Elephants and their diseases
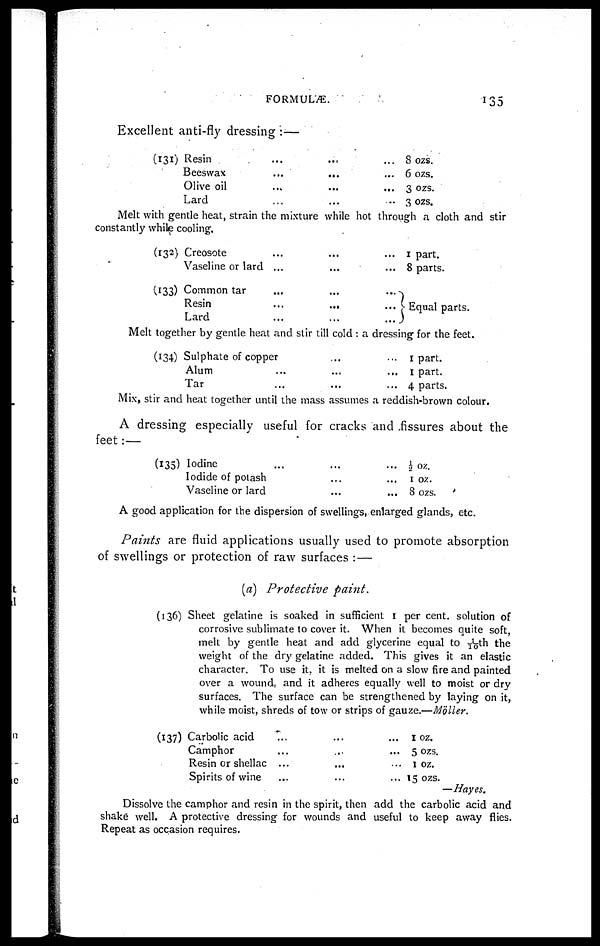
FORMULÆ.
135
Excellent anti-fly dressing :—
(131) Resin.........
Beeswax.........
Olive oil.........
Lard.........
8 ozs.
6 ozs.
3 ozs.
3 ozs.
Melt with gentle heat, strain the mixture while hot through a cloth and stir
constantly while cooling.
(132)
(133)
Creosote ... ... ...
Vaseline or lard ... ... ...
Common tar ... ... ...
Resin ... ... ...
Lard ... ... ...
1 part.
8 parts.
} Equal parts.
Melt together by gentle heat and stir till cold : a dressing for the feet.
(134) Sulphate of copper......
Alum.........
Tar.........
1 part.
1 part.
4 parts.
Mix, stir and heat together until the mass assumes a reddish-brown colour.
A dressing especially useful for cracks and fissures about the
feet:—
(135) Iodine ... ... ...
Iodide of polash ... ... ...
Vaseline or lard ... ... ...
½ oz.
1 oz.
8 ozs.
A good application for the dispersion of swellings, enlarged glands, etc.
Paints are fluid applications usually used to promote absorption
of swellings or protection of raw surfaces : —
(a) Protective
paint.
(136)
(137)
Sheet gelatine is soaked in sufficient 1 per cent. solution of
corrosive sublimate to cover it. When it becomes quite soft,
melt by gentle heat and add glycerine equal to 1/10th the
weight of the dry gelatine added. This gives it an elastic
character. To use it. it is melted on a slow fire and painted
over a wound, and it adheres equally well to moist or dry
surfaces. The surface can be strengthened by laying on it,
while moist, shreds of tow or strips of gauze.—Moller.
Carbolic acid
Camphor
Resin or shellac
Spirits of wine
... ... ... 1 oz.
... ... ... 5 ozs.
... ... ... 1 oz.
... ... ... 15 ozs.
—Hayes.
Dissolve the camphor and resin in the spirit, then add the carbolic acid and
shake well. A protective dressing for wounds and useful to keep away flies.
Repeat as occasion requires.